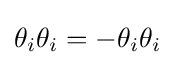
\theta _{i}\theta _{i}=-\theta _{i}\theta _{i}